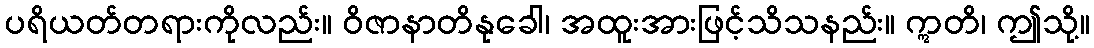
ပရိယတ်တရားကိုလည်း။ ဝိဇာနာတိနုခေါ၊ အထူးအားဖြင့်သိသနည်း။ ဣတိ၊ ဤသို့။